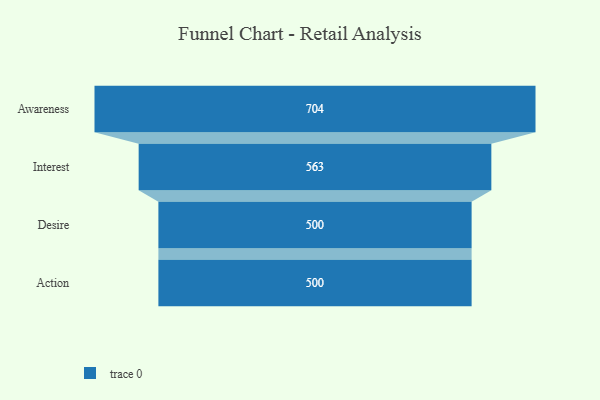
{"axis": {"x": "Stage", "y": "Value"}, "legend": [""], "data": [{"x": "Awareness", "y": 704.0, "type": ""}, {"x": "Interest", "y": 563.0, "type": ""}, {"x": "Desire", "y": 500, "type": ""}, {"x": "Action", "y": 500, "type": ""}]}